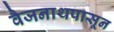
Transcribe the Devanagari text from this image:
वैजनाथपासून